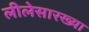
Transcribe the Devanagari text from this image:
लीलेसारख्या